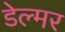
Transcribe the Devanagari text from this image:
डेल्मर